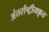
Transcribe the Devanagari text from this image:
अंतर्राष्ट्रीयकृत